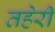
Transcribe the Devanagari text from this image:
तहेरी